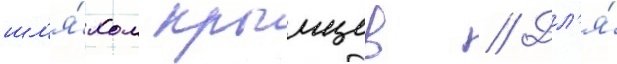
шл'я́хом крымцев // Дл'я́